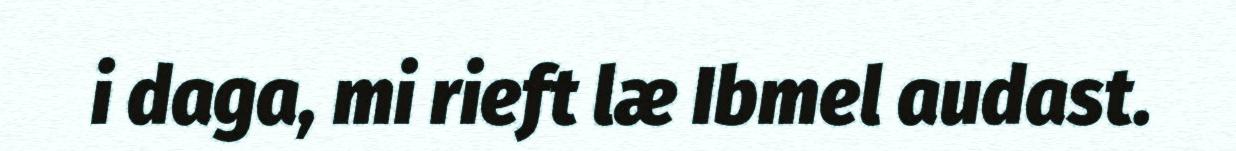
i daga, mi rieft læ Ibmel audast.